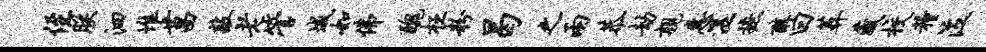
侄朕泗堆菖敲老管城如佛丑枉粉曷之两恭劫亲惠湿摭醇曰葬藏校粮泣